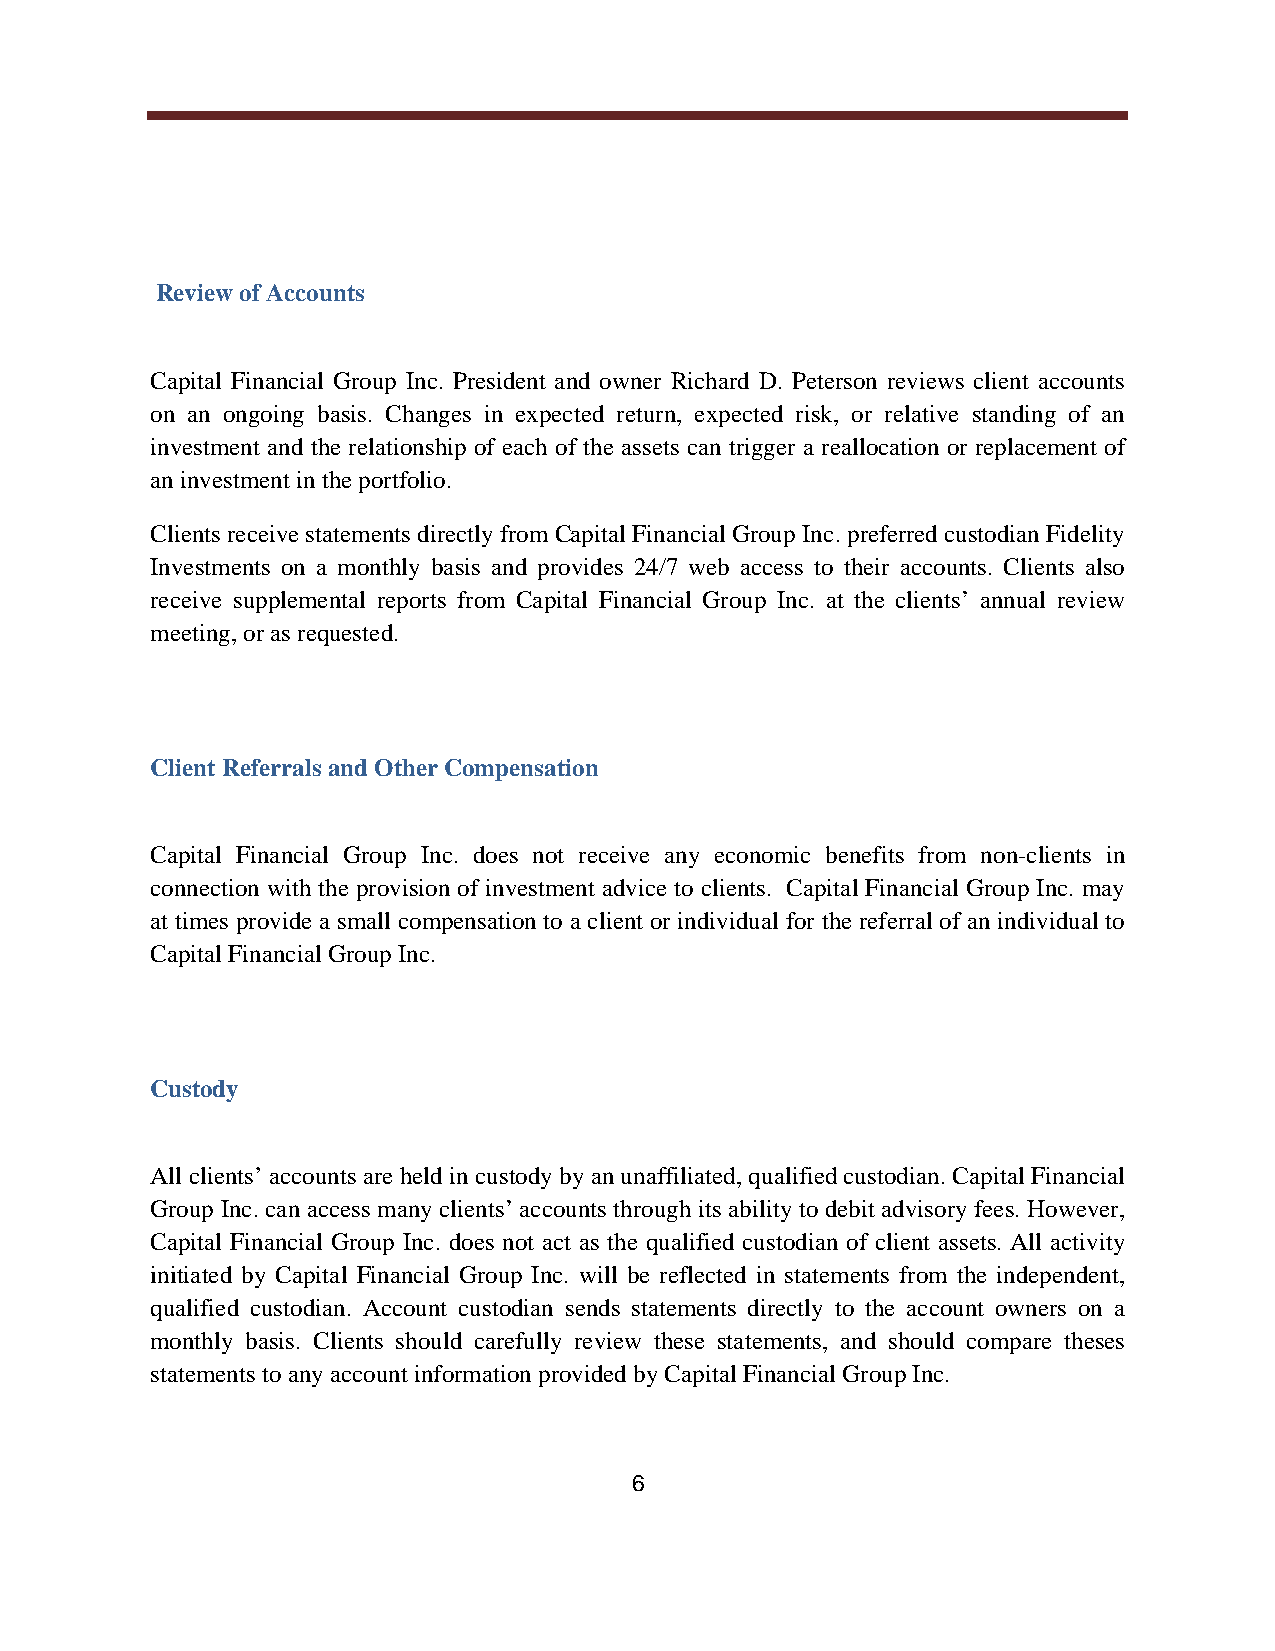
Review of Accounts
 Capital Financial Group Inc. President and owner Richard D. Peterson reviews client accounts
 on an ongoing basis. Changes in expected return, expected risk, or relative standing of an
 investment and the relationship of each of the assets can trigger a reallocation or replacement of
 an investment in the portfolio.
 Clients receive statements directly from Capital Financial Group Inc. preferred custodian Fidelity
 Investments on a monthly basis and provides 24/7 web access to their accounts. Clients also
 receive supplemental reports from Capital Financial Group Inc. at the clients annual review
 meeting, or as requested.
 Client Referrals and Other Compensation
 Capital Financial Group Inc. does not receive any economic benefits from non-clients in
 connection with the provision of investment advice to clients. Capital Financial Group Inc. may
 at times provide a small compensation to a client or individual for the referral of an individual to
 Capital Financial Group Inc.
 Custody
 All clients accounts are held in custody by an unaffiliated, qualified custodian. Capital Financial
 Group Inc. can access many clients accounts through its ability to debit advisory fees. However,
 Capital Financial Group Inc. does not act as the qualified custodian of client assets. All activity
 initiated by Capital Financial Group Inc. will be reflected in statements from the independent,
 qualified custodian. Account custodian sends statements directly to the account owners on a
 monthly basis. Clients should carefully review these statements, and should compare theses
 statements to any account information provided by Capital Financial Group Inc.
 6